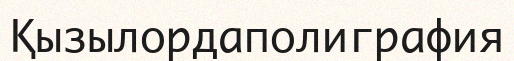
Қызылордаполиграфия